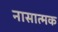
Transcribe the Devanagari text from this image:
नासात्मक